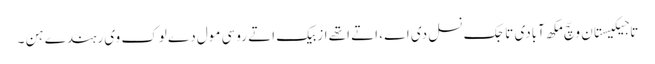
تاجیکیستان وچّ مکھ آبادی تاجک نسل دی اے ، اتے اتھے ازبیک اتے روسی مول دے لوک وی رہندے ہن ۔